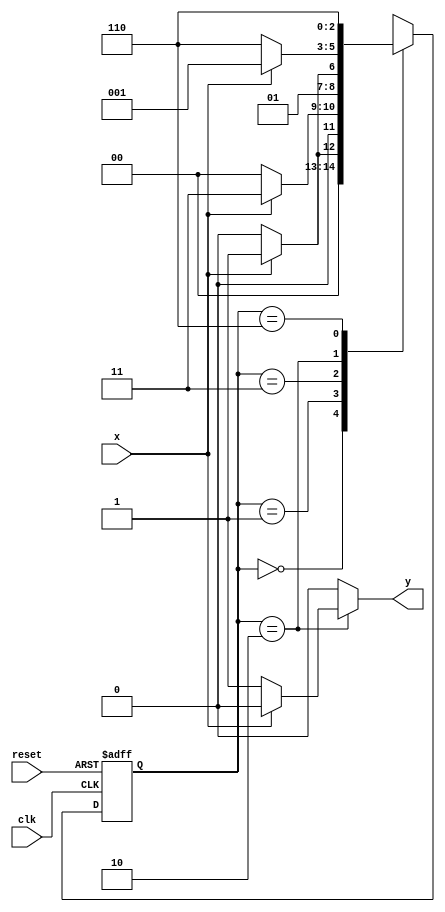
// -------------------------
// Nome: Marcio Enio Gonalves Dutra Junior
// -------------------------

// -------------- 
// --- Mealy FSM 
// -------------- 
 
/* 
                        Mealy FSM Diagram 
                      __________________ 
                     /                    \ 
              1    v   1           0     1 | // found 
   [start] ---> [id1] ---> [id11] ---> [id110] 
     ^  \0      0 |       1 /  ^         0 | // not found 
      \_/        /          \__/         | 
       \________/                      / 
        \                            / 
         \_________________________/ 
*/ 
// constant definitions 
`define found 1 
`define notfound 0 
 
// FSM by Mealy 
module mealy1100 ( y, x, clk, reset ); 
 output y; 
 input   x; 
 input   clk; 
 input   reset; 
 
 reg      y; 
 
 parameter         // state identifiers  
   start    = 3'b000, 
   id1      = 3'b001, 
   id11    = 3'b011, 
   id110  = 3'b010,
	id1100 = 3'b110;
 
   reg [2:0] E1; // current state variables 
   reg [2:0] E2; // next state logic output 
 
 
// next state logic 
   always @( x or E1 ) 
    begin 
     y = `notfound; 
     case ( E1 ) 
      start: 
        if ( x ) 
         E2 = id1; 
        else 
         E2 = start; 
      id1: 
        if ( x ) 
         E2 = id11; 
        else 
         E2 = start; 
      id11: 
        if ( x ) 
         E2 = id11; 
        else 
         E2 = id110; 
      id110: 
        if ( x ) 
         begin 
           E2 =  id1; 
           y  = `notfound; 
         end 
        else 
         begin 
           E2 =  id1100; 
           y  = `found; 
         end 
		id1100:
			if ( x ) 
         begin 
           E2 =  id1100; 
           y  = `notfound; 
         end 
        else 
         begin 
           E2 =  id1100; 
           y  = `notfound; 
         end 
      default:   // undefined state 
           E2 =  3'bxxx; 
     endcase 
    end // always at signal or state changing 
 
// state variables 
   always @( posedge clk or negedge reset ) 
    begin 
     if ( reset ) 
      E1 = E2;    // updates current state 
     else 
      E1 = 0;     // reset 
    end // always at signal changing 
 
endmodule // mealy1101